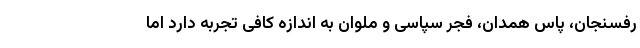
رفسنجان، پاس همدان، فجر سپاسی و ملوان به اندازه کافی تجربه دارد اما